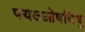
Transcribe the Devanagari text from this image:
पयऽओषधिषु